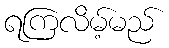
ရကြလိမ့်မည်